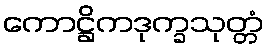
ကောဋ္ဌိကဒုက္ခသုတ္တံ